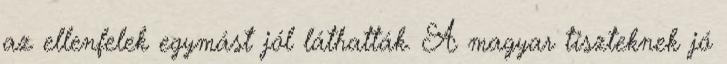
az ellenfelek egymást jól láthatták. A magyar tiszteknek jó